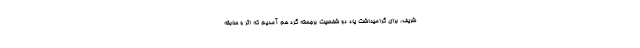
شریف، برای گرامیداشت یاد دو شخصیت برجسته گرد هم آمدیم که اثر و سابقه